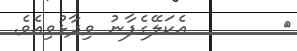
٥        އެކަލޭގެފާނު ވިދާޅުވިއެވެ.